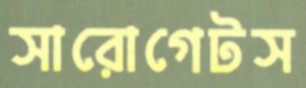
সারোগেটস